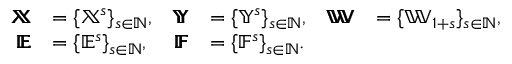
\begin{array} { r l r l r l } { \pmb { \mathbb { X } } } & { = \{ { \mathbb { X } ^ { s } } \} _ { s \in \mathbb { N } } , } & { \pmb { \mathbb { Y } } } & { = \{ { \mathbb { Y } ^ { s } } \} _ { s \in \mathbb { N } } , } & { \pmb { \mathbb { W } } } & { = \{ { \mathbb { W } _ { 1 + s } } \} _ { s \in \mathbb { N } } , } \\ { \pmb { \mathbb { E } } } & { = \{ { \mathbb { E } ^ { s } } \} _ { s \in \mathbb { N } } , } & { \pmb { \mathbb { F } } } & { = \{ { \mathbb { F } ^ { s } } \} _ { s \in \mathbb { N } } . } \end{array}